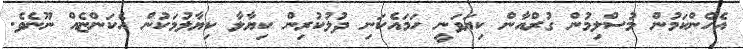
އެހެންކަމުން މުސްލިމުން ގުރްއާން ކިޔަވަނީ ހަމައެކަނި ދުލުކުރިން ކިޔާލާ ކިޔާލުމަކުން އެކަންޏެއް ނޫނެވެ.